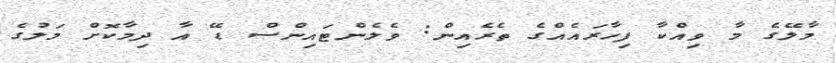
މާލޭގެ މާ ވިއްކާ ފިހާރައެއްގެ ތެރެއިން: ވެލެންޓައިންސް ޑޭ އާ ދިމާކޮށް މަލުގެ